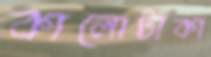
কালোটাকা